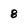
Character: 8